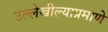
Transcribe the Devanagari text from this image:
उल्लेखील्याप्रमाणे